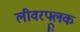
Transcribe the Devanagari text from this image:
लीवरफ्लूक